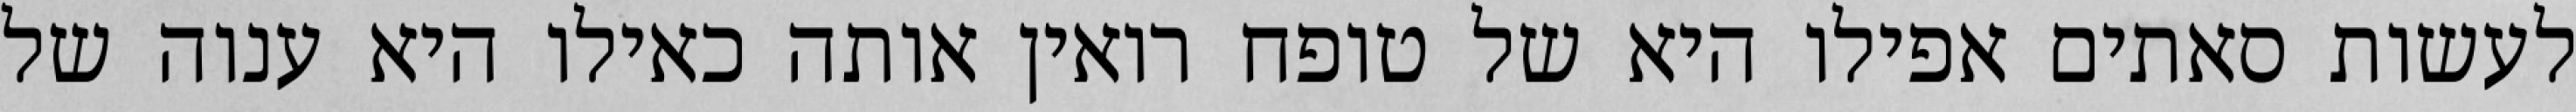
לעשות סאתים אפילו היא של טופח רואין אותה כאילו היא ענוה של